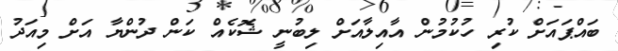
ބައްޕައަށް ކުރި ހުކުމުން އާއިލާއަށް ލިބުނީ ޝޮކެއް ކަން ދުންޔާ އަށް މިއަދު